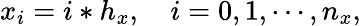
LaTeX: x_{i}=i*h_{x},\quad i=0,1,\cdots,n_{x},